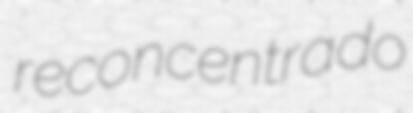
reconcentrado